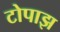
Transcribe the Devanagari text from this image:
टोपाझ